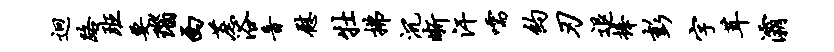
迥路班要瑙西蔗浴音慰牡拂沉晰汗嚅约刃退捧彭字茸灞